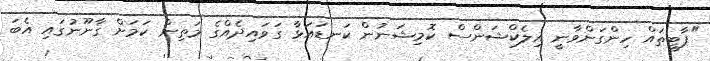
"ޕާޓީތައް ހިންގަންވާނީ އިލެކްޝަންސް ކޮމިޝަނުން ކަނޑައަޅާ ގަވައިދެއްގެ މަތިން ކަމަށް ގާނޫނުގައި އެބަ